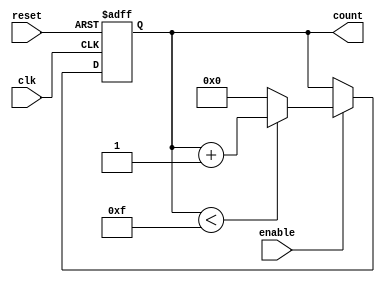
module binary_counter #(
    parameter MIN_VALUE = 0,       // Minimum count value
    parameter MAX_VALUE = 15        // Maximum count value (adjust as needed)
)(
    input wire clk,                 // Clock signal
    input wire reset,               // Asynchronous reset signal
    input wire enable,              // Enable signal
    output reg [$clog2(MAX_VALUE+1)-1:0] count // Current count value
);

// Internal parameter for the number of bits required
localparam COUNT_WIDTH = $clog2(MAX_VALUE + 1);

// Always block for counting logic
always @(posedge clk or posedge reset) begin
    if (reset) begin
        // Reset the counter to the minimum value
        count <= MIN_VALUE;
    end else if (enable) begin
        // Increment the counter if enable is high
        if (count < MAX_VALUE) begin
            count <= count + 1;
        end else begin
            // Wrap around to the minimum value
            count <= MIN_VALUE;
        end
    end
end

endmodule